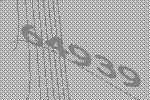
64939